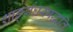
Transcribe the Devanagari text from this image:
शाङ्‌र्गघरपद्धति